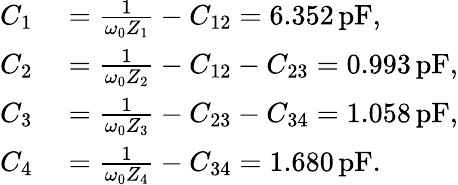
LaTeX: \begin{array}{rl}{C_{1}}&{{}=\frac{1}{\omega_{0}Z_{1}}-C_{12}=6.352\, \mathrm{pF},}\\ {C_{2}}&{{}=\frac{1}{\omega_{0}Z_{2}}-C_{12}-C_{23}=0.993\, \mathrm{pF},}\\ {C_{3}}&{{}=\frac{1}{\omega_{0}Z_{3}}-C_{23}-C_{34}=1.058\, \mathrm{pF},}\\ {C_{4}}&{{}=\frac{1}{\omega_{0}Z_{4}}-C_{34}=1.680\, \mathrm{pF}.}\end{array}